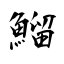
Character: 鰡